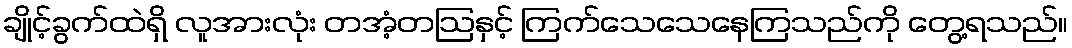
ချိုင့်ခွက်ထဲရှိ လူအားလုံး တအံ့တဩနှင့် ကြက်သေသေနေကြသည်ကို တွေ့ရသည်။